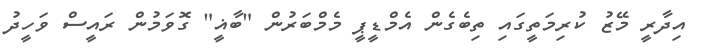
އިދާރީ މޭޒު ކުރިމަތީގައި ތިބެގެން އެމްޑީޕީ މެމްބަރުން "ބާޣީ" ގޮވަމުން ރައީސް ވަހީދު